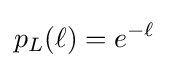
p_{L}(\ell )=e^{-\ell }